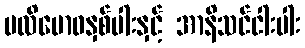
ပလိဗောဓနှစ်ပါးနှင့် အာနိသင်ငါးပါး